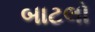
બાટલો